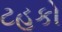
ટહૂકો